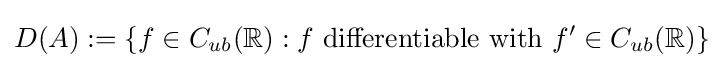
D(A):=\{f\in C_{ub}(\mathbb {R} ):f{\text{ differentiable with }}f'\in C_{ub}(\mathbb {R} )\}